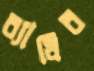
ব্যাধির